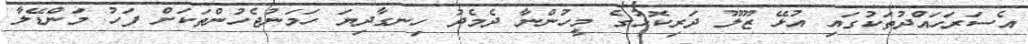
އެސަރަހައްދުތަކުގައި އުޅޭ ޒޫލޫ ދަރިކޮޅުގެ މީހުންނާ ދެމެދު ހިނގާދިޔަ ހަމަނުޖެހުންތަކަށް ފަހު މަންޑޭލާ